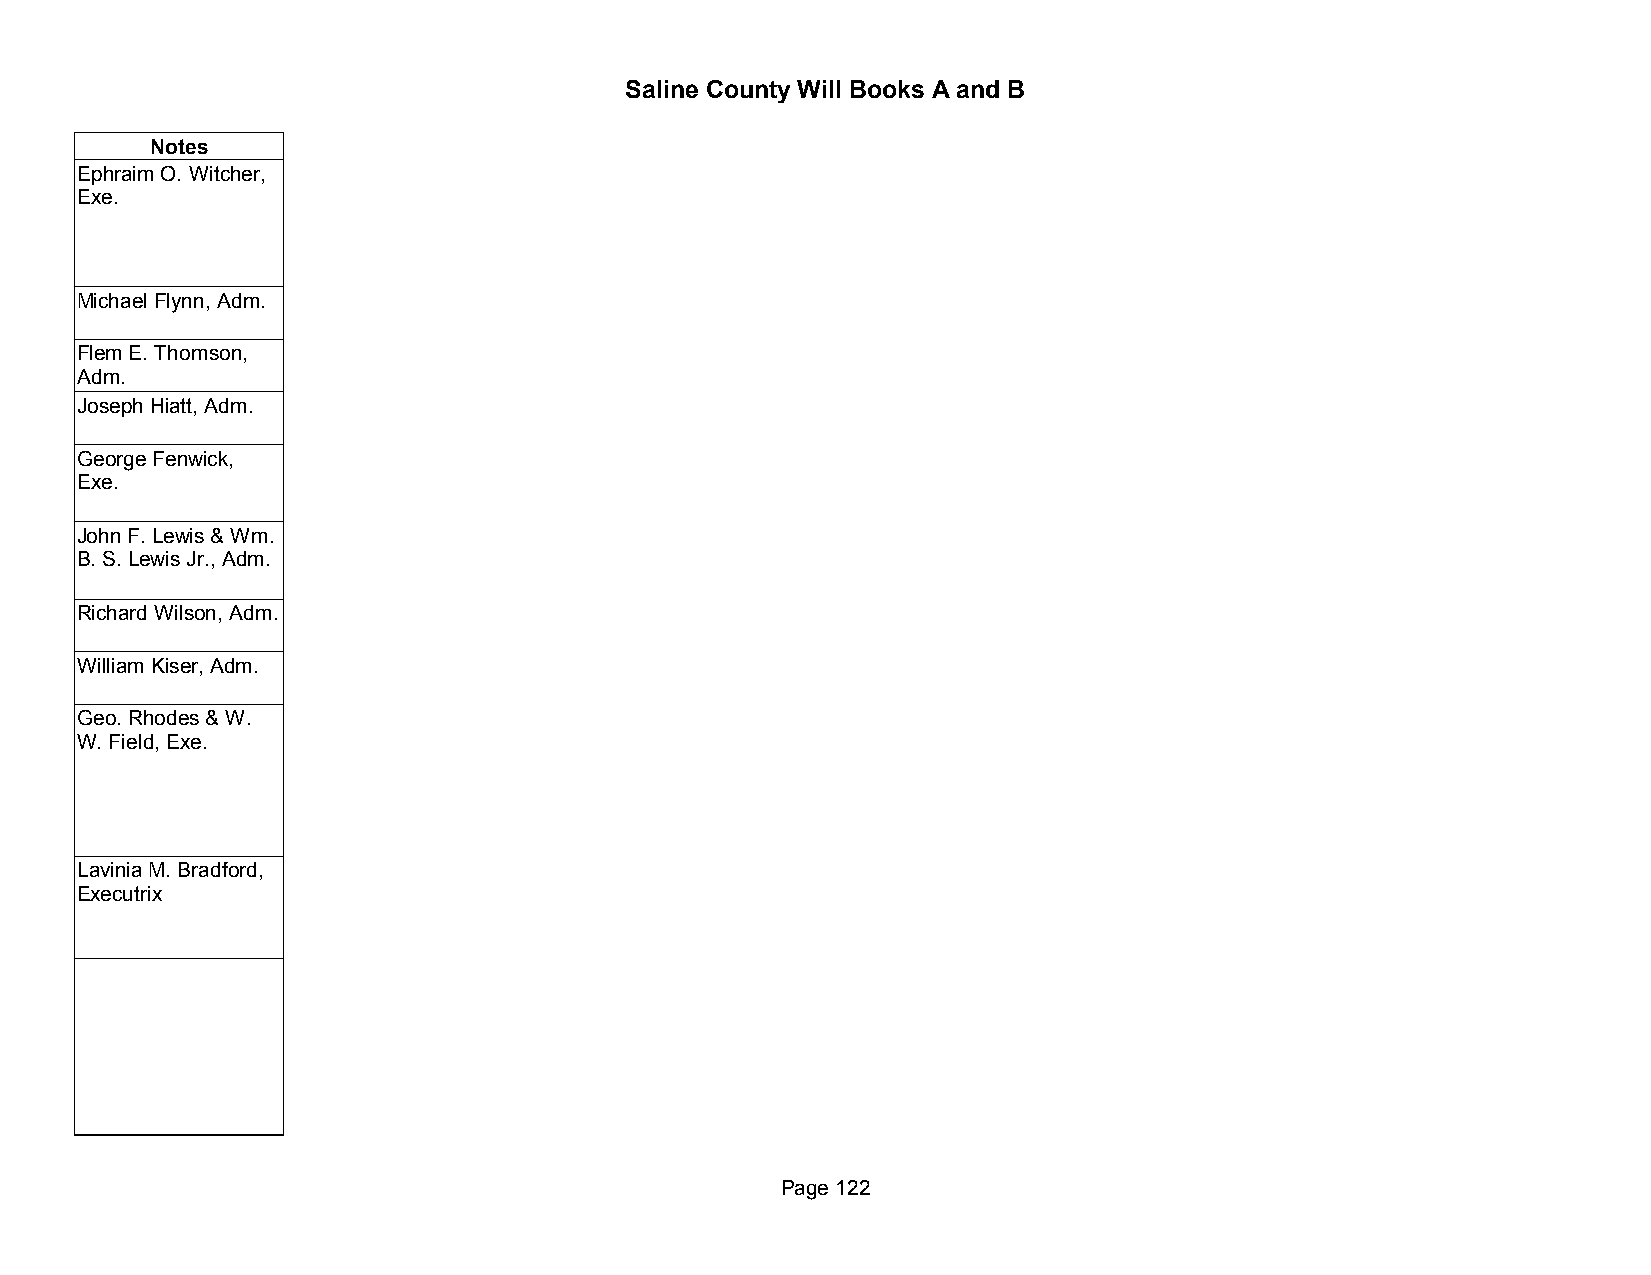
Saline County Will Books A and B
 Notes
 Ephraim O. Witcher,
 Exe.
 Michael Flynn, Adm.
 Flem E. Thomson,
 Adm.
 Joseph Hiatt, Adm.
 George Fenwick,
 Exe.
 John F. Lewis & Wm.
 B. S. Lewis Jr., Adm.
 Richard Wilson, Adm.
 William Kiser, Adm.
 Geo. Rhodes & W.
 W. Field, Exe.
 Lavinia M. Bradford,
 Executrix
 Page 122